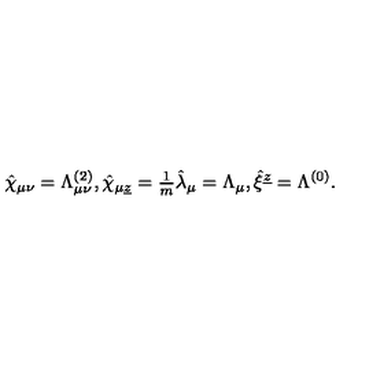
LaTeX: \hat { \chi } _ { \mu \nu } = \Lambda _ { \mu \nu } ^ { ( 2 ) } , \hat { \chi } _ { \mu \underline { { z } } } = { \textstyle \frac { 1 } { m } } \hat { \lambda } _ { \mu } = \Lambda _ { \mu } , \hat { \xi } ^ { \underline { { z } } } = \Lambda ^ { ( 0 ) } .